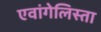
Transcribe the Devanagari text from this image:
एवांगेलिस्ता